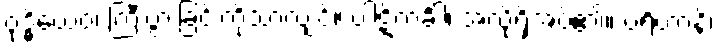
ဝုဒ္ဓိယေဝ၊ ကြီးပွားခြင်းကိုသာလျှင်။ ပါဋိကင်္ခါ၊ အလိုရှိအပ်၏။ ပရိဟာနိ၊